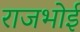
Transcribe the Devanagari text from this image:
राजभोई